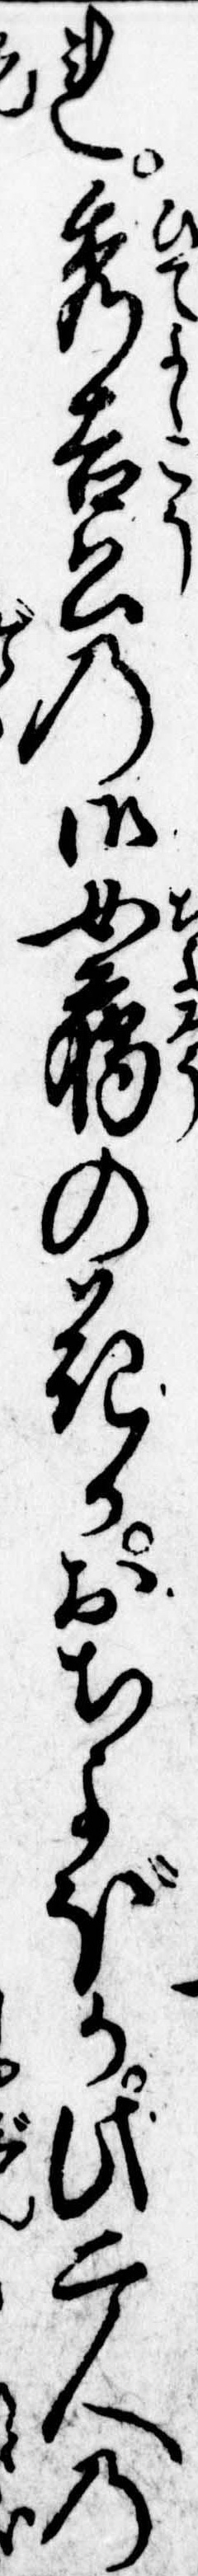
れ秀吉公の御女﨟の花かおちよぼか此二人の